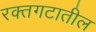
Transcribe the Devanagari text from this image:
रक्तगटातील